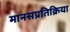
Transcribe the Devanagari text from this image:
मानसप्रतिक्रिया